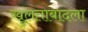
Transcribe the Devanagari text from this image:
खुलताबादला